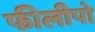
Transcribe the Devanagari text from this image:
फीलीपो